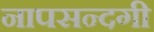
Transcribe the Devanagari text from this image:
नापसन्दगी